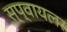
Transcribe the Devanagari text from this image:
स्प्वायलर